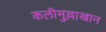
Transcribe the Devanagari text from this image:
कलीमुल्लाखान